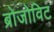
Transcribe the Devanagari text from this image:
ब्रोजोविट